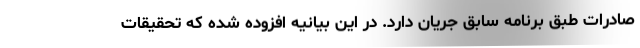
صادرات طبق برنامه سابق جریان دارد. در این بیانیه افزوده شده که تحقیقات